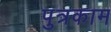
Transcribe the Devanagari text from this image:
पुत्रकाम